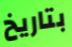
بتاريخ